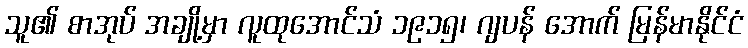
သူ၏ စာအုပ် အချို့မှာ လူထုအောင်သံ ၁၉၁၅၊ ဂျပန် အောက် မြန်မာနိုင်ငံ